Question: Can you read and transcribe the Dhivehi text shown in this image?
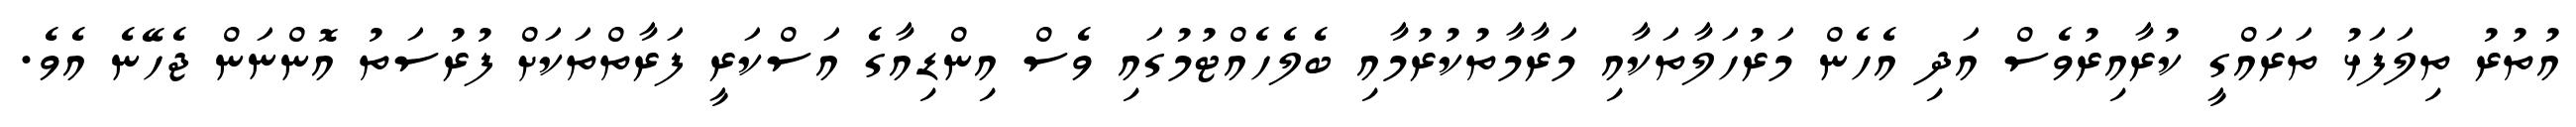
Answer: އުތުރު ތިލަފަޅު ތަރައްގީ ކުރާއިރުވެސް އަދި އެހެން މަރުހަލާތަކާއި މަރާމާތުކުރުމާއި ބެލެހެއްޓުމުގައި ވެސް އިންޑިއާގެ އަސްކަރީ ފަރާތްތަކަށް ފުރުސަތު އޮންނަން ޖެހޭނެ އެވެ.